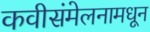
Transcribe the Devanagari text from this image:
कवीसंमेलनामधून